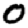
Digit: 0